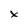
Character: x